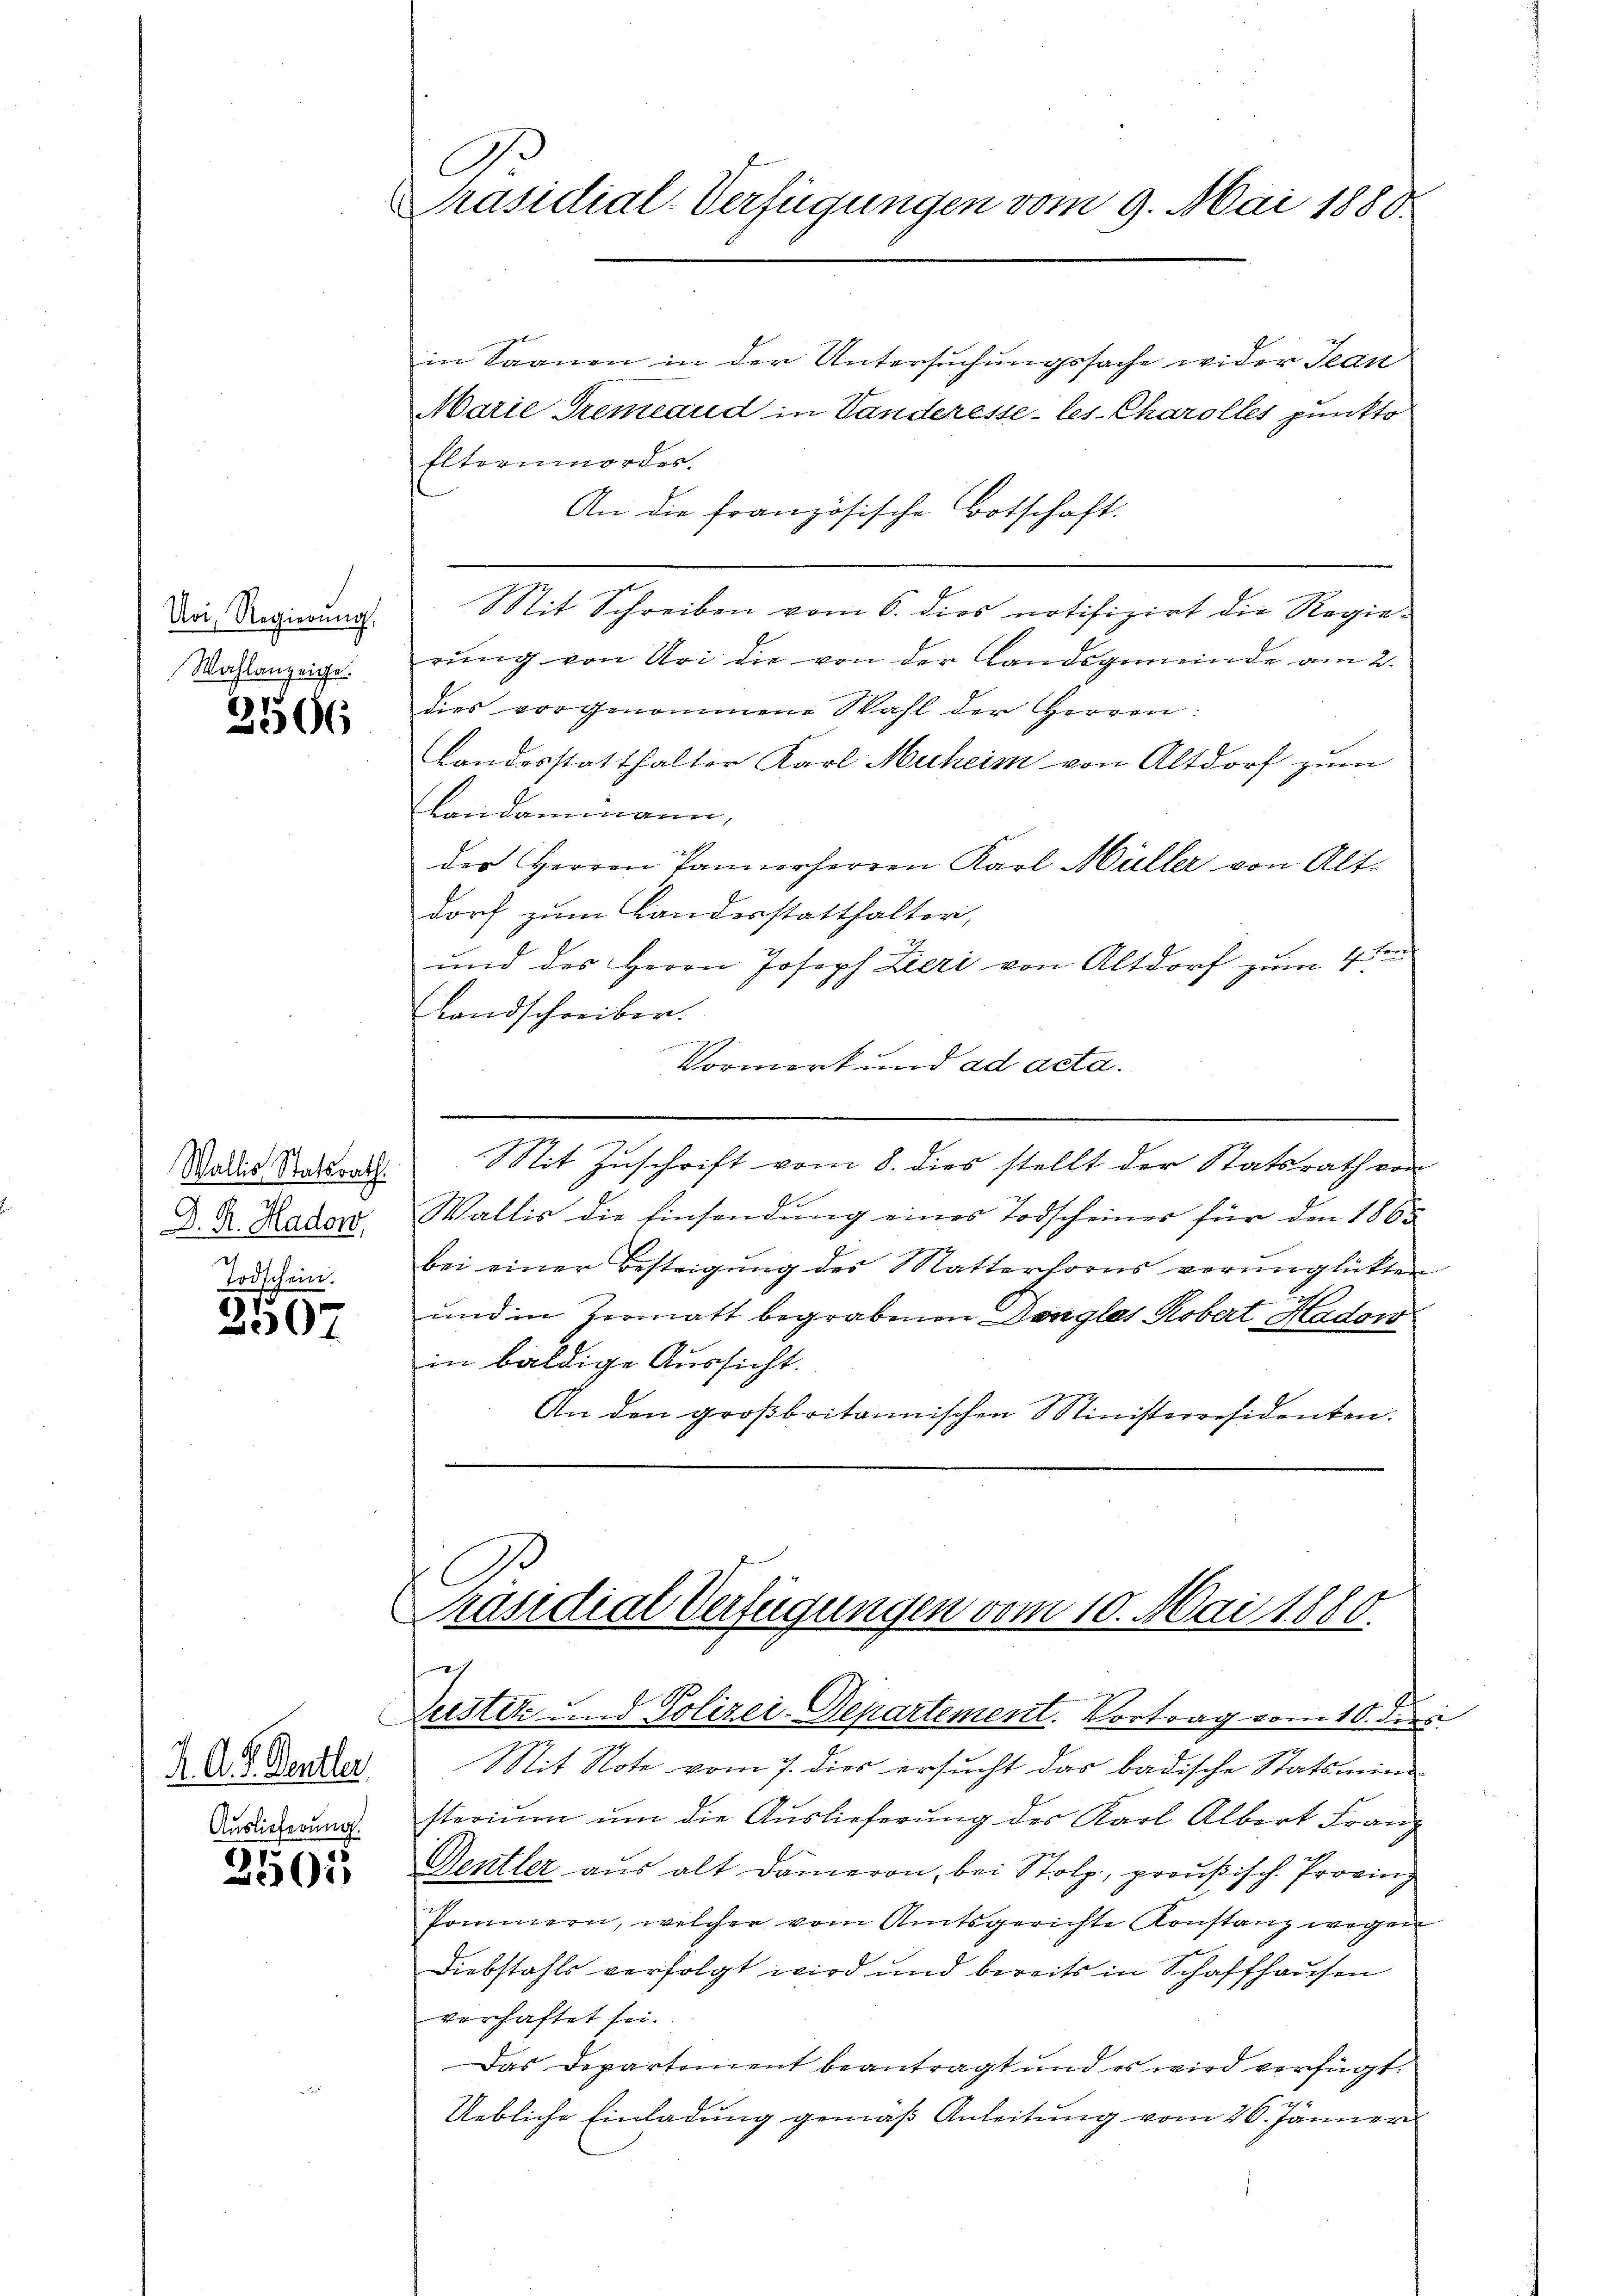
Uri, Regierung.
Wahlanzeige.

3566

Wallis Statsrath
.
D. R. Hadow,
Todschein.

2507

K. A. R. Rentler
Auslieferung.

3501

A
Präsidial-Verfügungen vom 9. Mai 1880.

in Saanen in der Untersuchungssache wider Jean
Marie Gremand in Vanderesse les Charolles punkto
Elternmordes.
An die französische Botschaft.
it Schreiben vom 6. dies notifizirt die Regierung von Uri die von der Landsgemeinde am 2.
des vorgenommene Wahl der Herren
Landesstatthalter Karl Muheim von Altdorf zum
Landammann,
der Herren Pannerherren Karl Müller von Alt-
dorf zum Landesstatthalter,
und des Herrn Joseph Zieri von Altdorf zum 4 ten
Landschreiber.
Vormerk und ad acta.
.
Mit Zuschrift vom 8. dies stellt der Statsrath von
Wallis die Einsendung eines Todscheines für den 1865
bei einer Besteigung der Matterhorns verunglickten
und in Hermatt begrabenen Danglas Robert Hadow
in baldige Aussicht.
An den großbritannischen Ministeresidenten.

C
Präsidial Verfügungen vom 10. Mai 1880.
g
Zustiz und Polizei-Departement. Vortrag vom 10. dies

Mit Note vom 7. dies ersucht das badische Statsmini
sterium um die Auslieferung des Karl Albert Franz
Denzler ans alt Dämeron, bei Stolz, preußisch. Proving
Pommern, welcher vom Amtsgerichte Konstanz wegen
Diebstahls verfolgt wird und bereits in Schaffhausen
vorhaftet sei.
Das Departement beantragt und es wird verfügt:
Uebliche Einladung gemäß Anleitung vom 26. Jänner